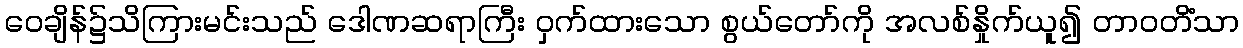
ဝေချိန်၌သိကြားမင်းသည် ဒေါဏဆရာကြီး ဝှက်ထားသော စွယ်တော်ကို အလစ်နှိုက်ယူ၍ တာဝတိံသာ